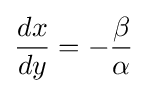
{\frac {dx}{dy}}=-{\frac {\beta }{\alpha }}